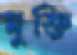
মুক্তি